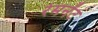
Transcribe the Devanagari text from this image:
रेमनेंट